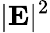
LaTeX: |{\mathbf E}|^{2}